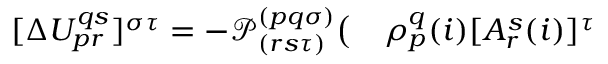
\begin{array} { r l } { [ \Delta U _ { p r } ^ { q s } ] ^ { \sigma \tau } = - \mathcal P _ { ( r s \tau ) } ^ { ( p q \sigma ) } \big ( } & { { } \rho _ { p } ^ { q } ( i ) [ A _ { r } ^ { s } ( i ) ] ^ { \tau } } \end{array}